Vaccination in Bombay 1863-1868 - 1863-1868
Year: 1863
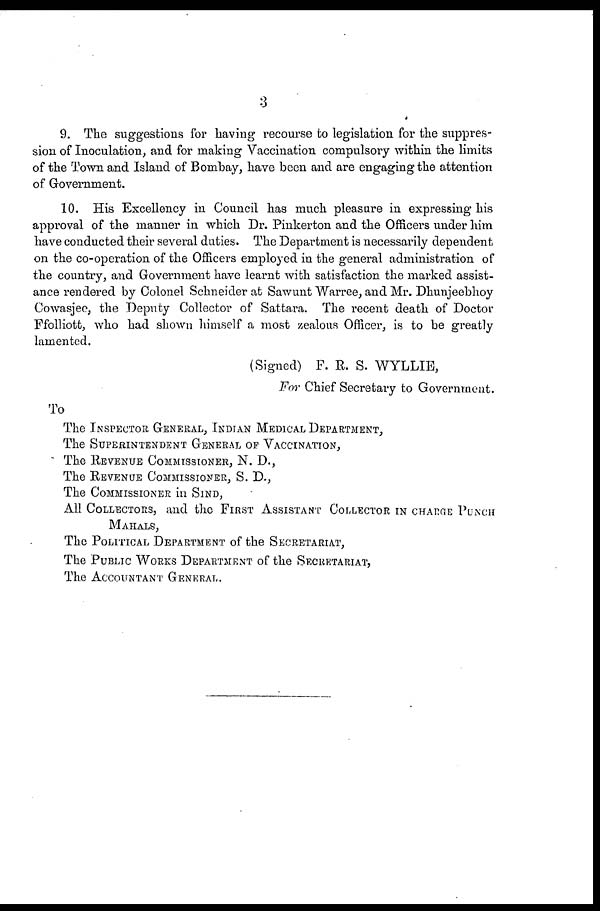
3
9. The suggestions for having recourse to legislation for the suppres-
sion of Inoculation, and for making Vaccination compulsory within the limits
of the Town and Island of Bombay, have been and are engaging the attention
of Government.
10. His Excellency in Council has much pleasure in expressing his
approval of the manner in which Dr. Pinkerton and the Officers under him
have conducted their several duties. The Department is necessarily dependent
on the co-operation of the Officers employed in the general administration of
the country, and Government have learnt with satisfaction the marked assist-
ance rendered by Colonel Schneider at Sawunt Warree, and Mr. Dhunjeebhoy
Cowasjee, the Deputy Collector of Sattara. The recent death of Doctor
Ffolliott, who had shown himself a most zealous Officer, is to be greatly
lamented.
(Signed) F. R. S. WYLLIE,
For Chief Secretary to Government.
To
The INSPECTOR GENERAL, INDIAN MEDICAL DEPARTMENT,
The SUPERINTENDENT GENERAL OF VACCINATION,
The REVENUE COMMISSIONER, N. D.,
The REVENUE COMMISSIONER, S. D.,
The COMMISSIONER in SIND,
All COLLECTORS, and the FIRST ASSISTANT COLLECTOR IN CHARGE PUNCH
MAHALS,
The POLITICAL DEPARTMENT of the SECRETARIAT,
The PUBLIC WORKS DEPARTMENT of the SECRETARIAT,
The ACCOUNTANT GENERAL.